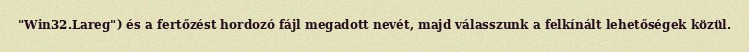
"Win32.Lareg") és a fertőzést hordozó fájl megadott nevét, majd válasszunk a felkínált lehetőségek közül.